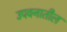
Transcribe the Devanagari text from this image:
उपवनातील